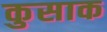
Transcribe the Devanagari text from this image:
कुसाक